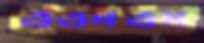
এএনএম